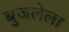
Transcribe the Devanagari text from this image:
बुजलेला